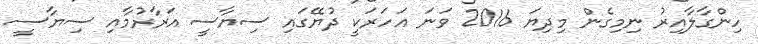
ހިންގާލާއިރު ނިމިގެން މިދިޔަ 2016 ވަނަ އަހަރަކީ ދުޔޭގައި ސިޔާސީ އަރާރުމާއި ސިޔާސީ